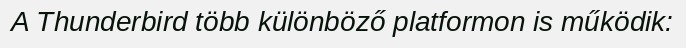
A Thunderbird több különböző platformon is működik: